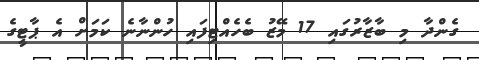
ގެންދާ މި ބާޒާރުގައި 17 މޭޒު ބެހެއްޓިފައި ހުންނާނެ ކަމަށް އެ ޕާޓީގެ